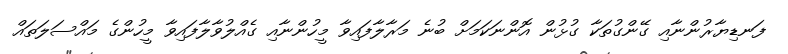
ފަނޑިޔާރުންނާއި ގޭންގުތަކާ ގުޅުން އޮންނަކަމަށް ބުނެ މަރާލާފައިވާ މީހުންނާއި ގެއްލުވާލާފައިވާ މީހުންގެ މައްސަލަތައް